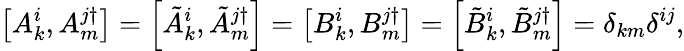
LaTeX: \left[A_{k}^{i},A_{m}^{j\dagger}\right]=\left[\tilde{A}_{k}^{i},\tilde{A}_{m}^{j\dagger}\right]=\left[B_{k}^{i},B_{m}^{j\dagger}\right]=\left[\tilde{B}_{k}^{i},\tilde{B}_{m}^{j\dagger}\right]=\delta_{km}\delta^{ij},